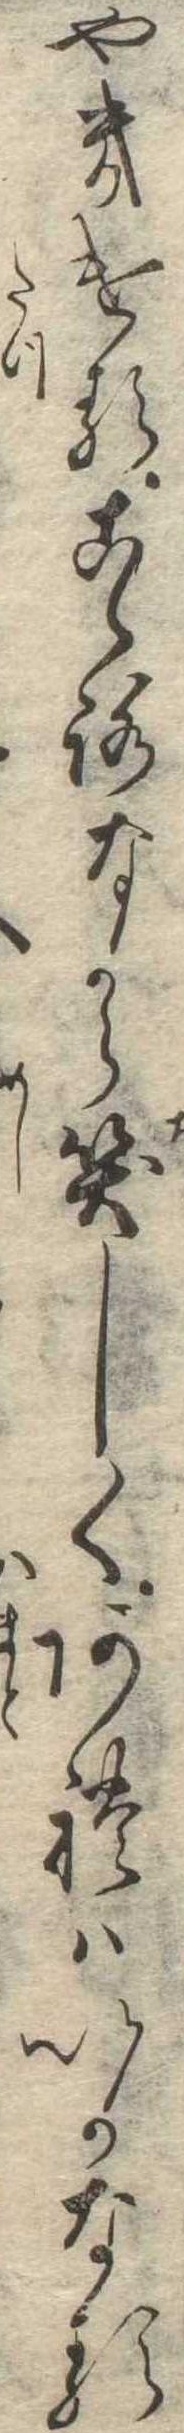
やきけるこゝろなから笑しくあれはいかなる